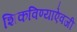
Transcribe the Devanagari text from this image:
शिकविण्याऐवजी